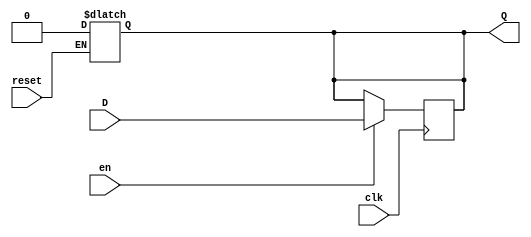
module BarrierRegister (
    input wire D,       // Data Input
    input wire clk,     // Clock
    input wire en,      // Enable
    input wire reset,   // Asynchronous Reset
    output reg Q        // Data Output
);

// Asynchronous Reset Logic
always @(*) begin
    if (reset) begin
        Q <= 1'b0;      // Set register to defined initial state (0) when reset is active
    end 
end

// Synchronous Logic for clock and enable
always @(posedge clk) begin
    if (en) begin
        Q <= D;          // Latch input data on clock's rising edge if enable is high
    end
    // If enable is low, do nothing, keep current state
end

endmodule